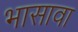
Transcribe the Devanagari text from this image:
भासावा